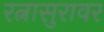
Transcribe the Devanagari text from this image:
रत्नासुरावर